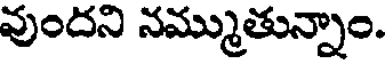
వుందని నమ్ముతున్నాం.